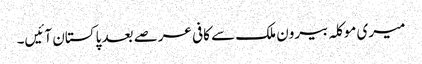
میری موکلہ بیرون ملک سے کافی عرصے بعد پاکستان آئیں۔